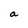
Character: a